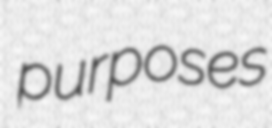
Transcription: purposes